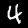
Digit: 4